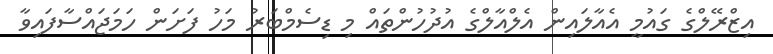
އިޒްރޭލްގެ ގައުމީ އެއާލައިން އެލްއާލްގެ އުދުހުންތައް މި ޑިސެމްބަރު މަހު ފަށަން ހަމަޖައްސާފައިވާ